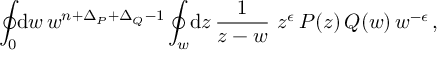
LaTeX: \oint _ { 0 } \! \mathrm { d } w \, w ^ { n + \Delta _ { P } + \Delta _ { Q } - 1 } \oint _ { w } \! \mathrm { d } z \, \frac { 1 } { z - w } \, \, z ^ { \epsilon } \, P ( z ) \, Q ( w ) \, w ^ { - \epsilon } \, ,